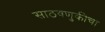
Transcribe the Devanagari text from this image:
साठवणुकीचा